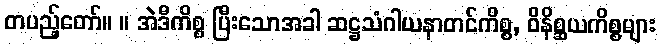
တပည့်တော်။ ။ အဲဒီကိစ္စ ပြီးသောအခါ ဆဋ္ဌသံဂါယနာတင်ကိစ္စ, ဝိနိစ္ဆယကိစ္စများ